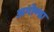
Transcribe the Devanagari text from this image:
अगोण्डा